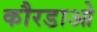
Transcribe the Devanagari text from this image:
कौरडाओ